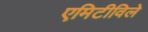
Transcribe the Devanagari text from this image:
एमिटीविले